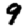
Digit: 9